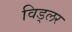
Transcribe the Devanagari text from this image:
विड्लर